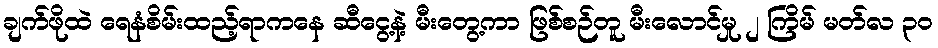
ချက်ဖိုထဲ ရေနံစိမ်းထည့်ရာကနေ ဆီငွေ့နဲ့ မီးတွေ့ကာ ဖြစ်စဉ်တူ မီးလောင်မှု ၂ ကြိမ် မတ်လ ၃၀